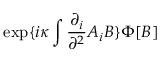
\exp \{ i \kappa \int \frac { \partial _ { i } } { \partial ^ { 2 } } A _ { i } B \} \Phi [ B ]